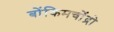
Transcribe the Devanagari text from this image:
बोंकिमचोंद्रो